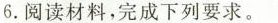
6.阅读材料，完成下列要求。